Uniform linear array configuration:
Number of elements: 16
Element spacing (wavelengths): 0.25
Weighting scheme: binomial
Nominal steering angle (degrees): -60
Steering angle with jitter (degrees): -59.919
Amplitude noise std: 0.05
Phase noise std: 0.05

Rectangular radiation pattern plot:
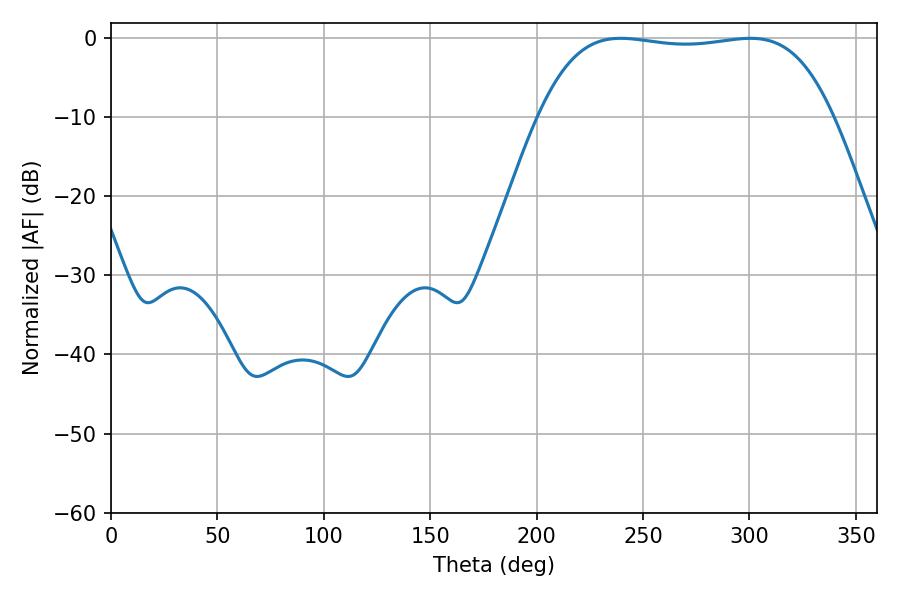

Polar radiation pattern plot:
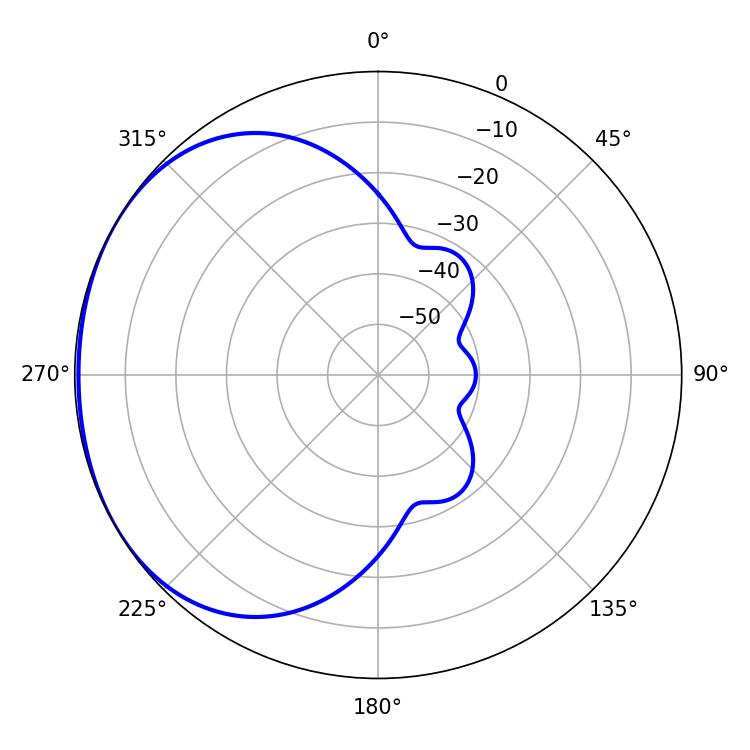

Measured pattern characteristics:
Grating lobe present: FALSE
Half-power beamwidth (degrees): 108.72
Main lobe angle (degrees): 239.58